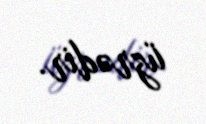
üzrədir.